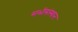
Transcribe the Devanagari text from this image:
सभीसंस्थान